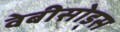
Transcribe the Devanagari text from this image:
वेबीसोड्स